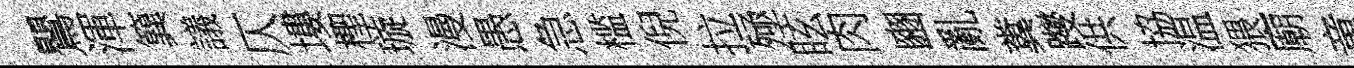
鸎渾簨議仄塿檉璇漫愚急槛倪拉殛眩肉豳亂糞躞供協温猥廟童